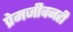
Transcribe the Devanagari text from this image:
प्रेमजीवनही